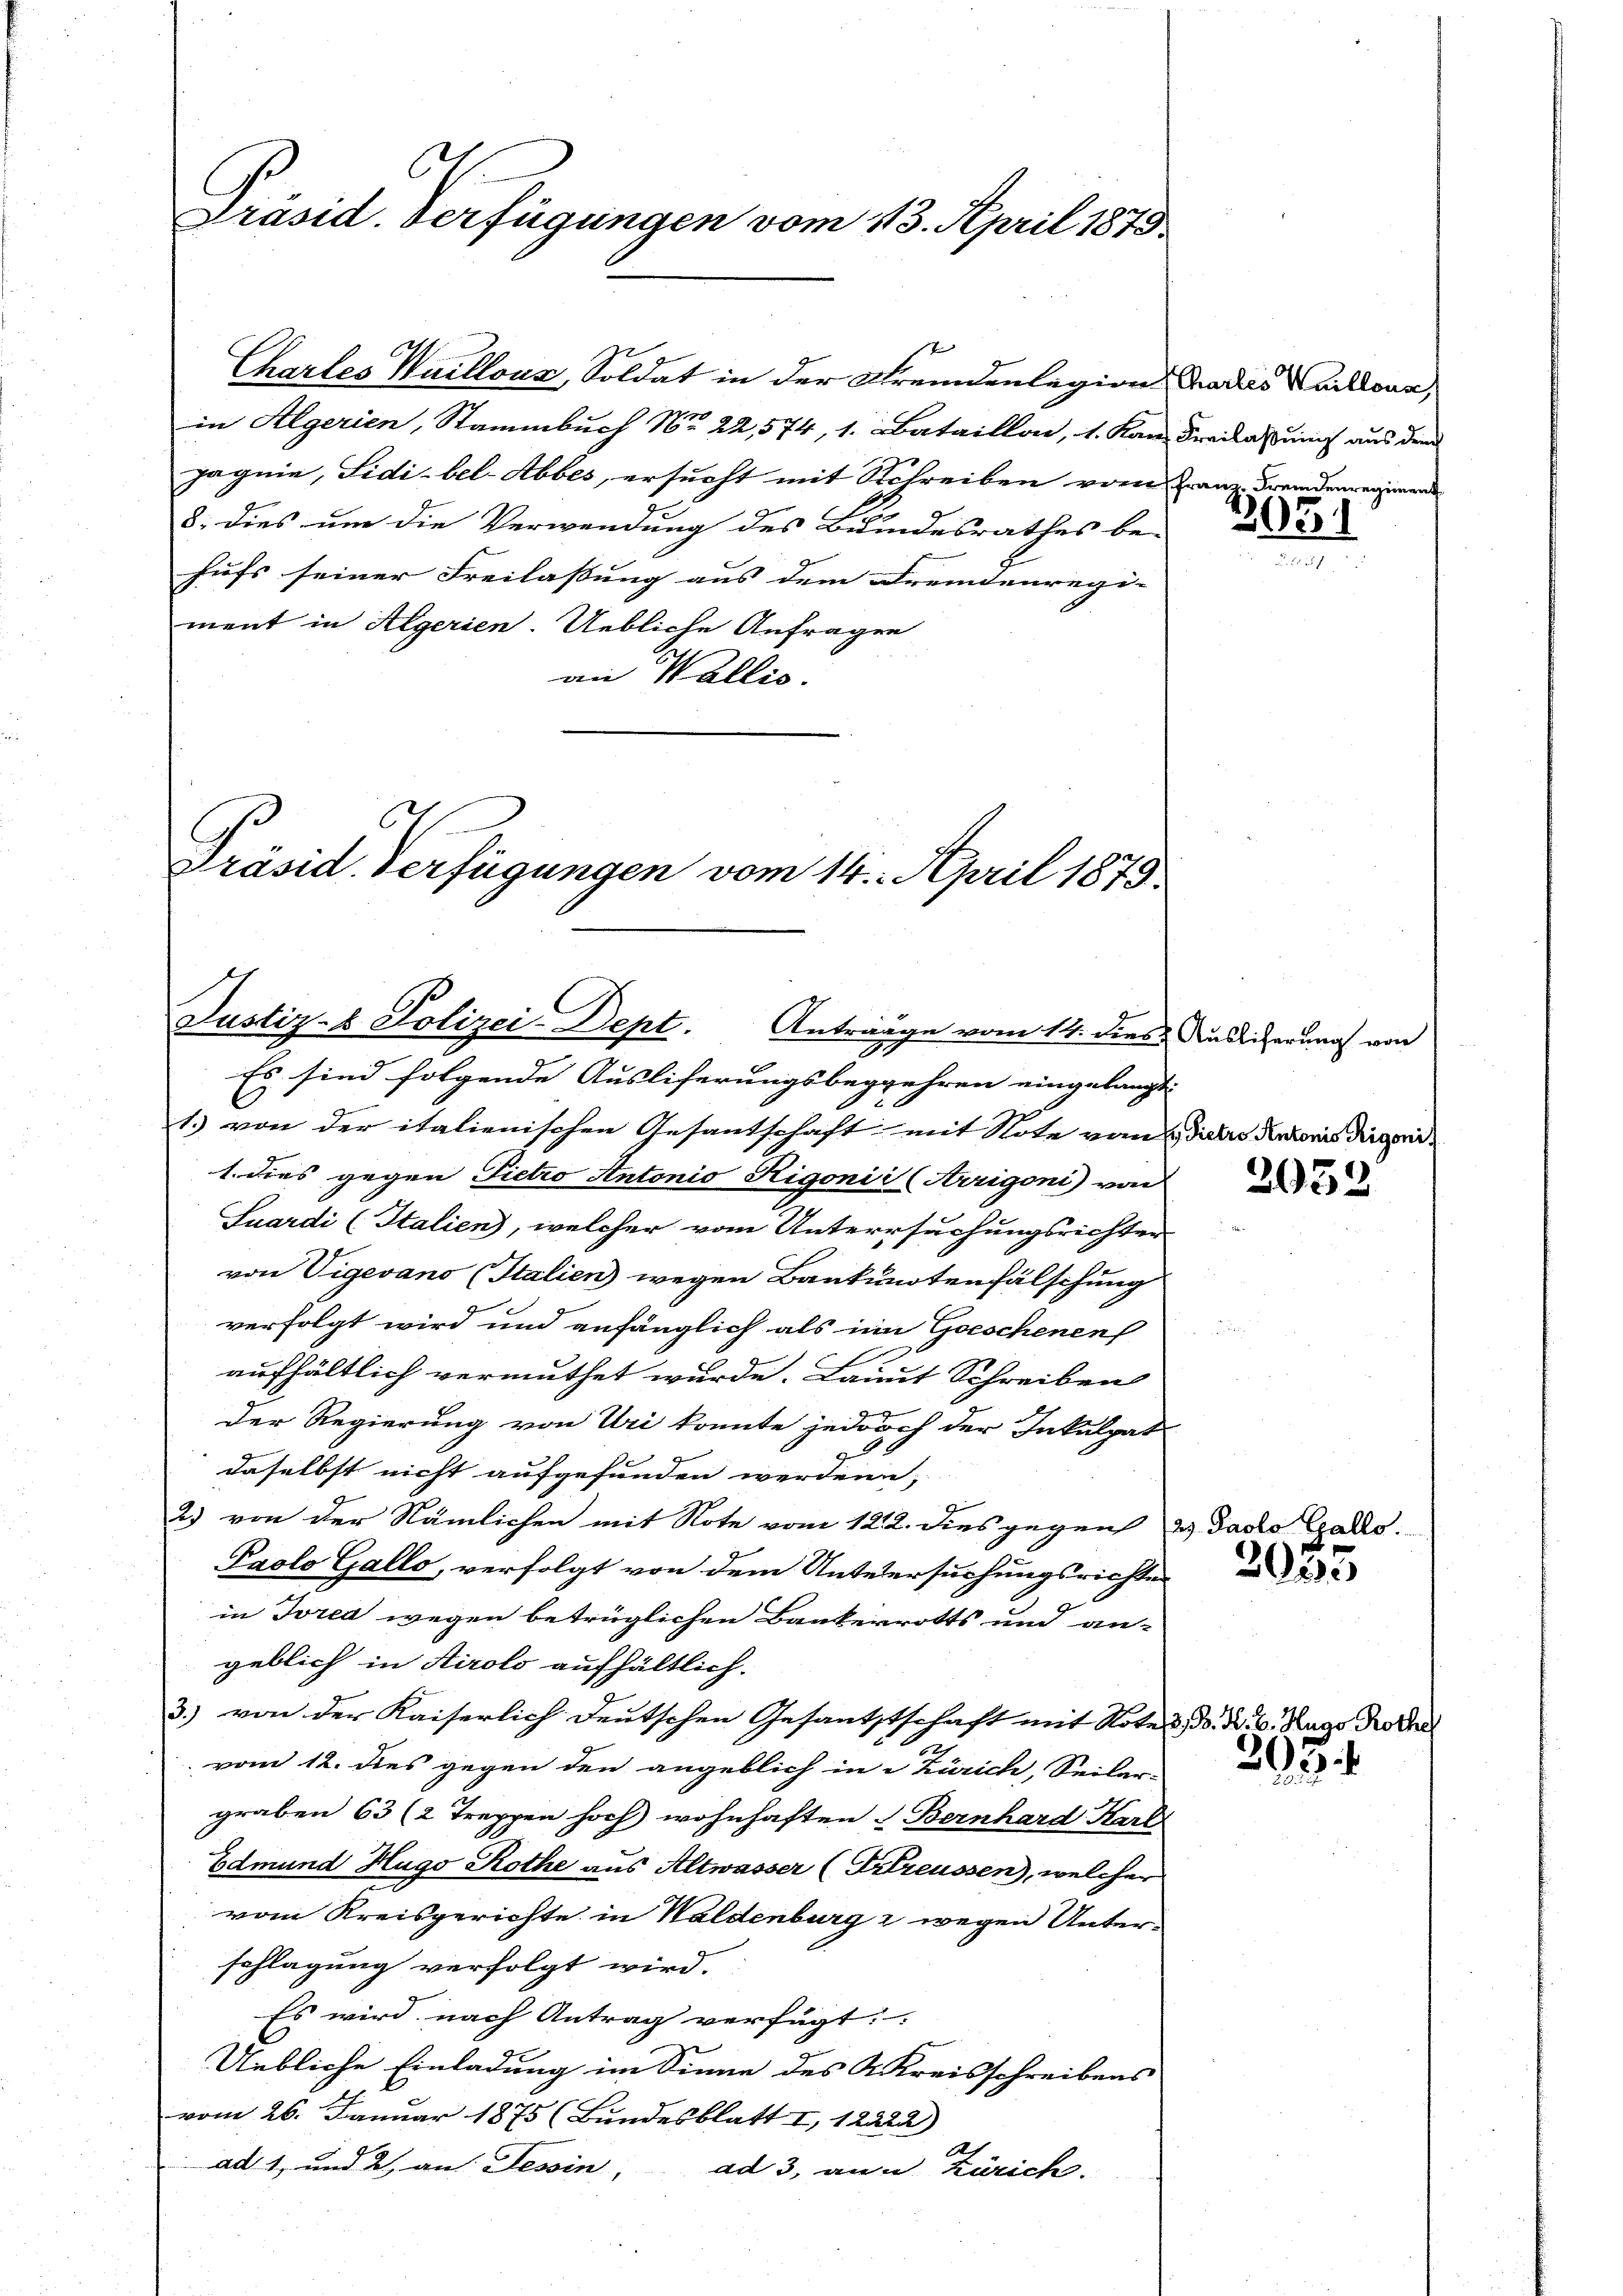
C
Präsid. Verfügungen vom 113. April 1878

in Algerien, Stammbuch No 22,574, 1. Bataillon, 1. Kan Freilassung aus dem
Jagnie, Sidi-bel-Abbes, ersucht mit Schreiben vom Tanz Fremdenregimende
8. dies um die Verwendung des Bundesrathes be-
hufs seiner Freilassung aus dem Fremdenregi- |
ment in Aegerien. Uebliche Anfragen
an Wallis.

Chartes Waillons, Soldat in der Fremdenlegion da das Waidour,

C
Präsid. Verfügungen vom 14. April 1875.
Justiz- & Polizei-Dept. Anträge vom 14. dies & Auslicherung von

Es sind folgende Ausliferungsbegehren eingelangt
1. von der italienischen Gesantschaft mit Note von dass die weis diesend
1. dies gegen Pietro Antonio Rigonii (Arrigoni) von
Suardi (Italien, welcher vom Untersuchungsrichter
von Vigevano (Italien wegen Baukunotenfälschung
g
verfolgt wird und anfänglich als im Geschenen
aufhältlich vermuthet wurde. Laut Schreiben
Der Regierung von Uri konnte jedoch der Inkulpat
daselbst nicht aufgefunden werden;
g
2) von der Nämlichen mit Note vom 122. dies gegen u. Facto Gallo
Paolo Gallo, verfolgt von dem Unterersuchungsrichte
in Ired wegen betrüglichen Bankerrotts und an-
geblich in Airolo aufhältlich.
3.) von der Kaiserlich deutschen Gesantstschaft mit Note d. d. d. 6. Hugo Rothe
vom 12. dies gegen den angeblich in Zürich, Seiler-
graben 63 (2 Treppen hoch wohnhaften Bernhard Karl
Edmund Hugo Rothe aus Altwasser (Frlreussen, welcher
vom Kreisgerichte in Waldenburg & wegen Unterschlagung verfolgt wird.
Es wird nach Antrag verfügt:
Uebliche Einladung im Sinne des Kreisschreibens
vom 26. Januar 1875 (Bundesblatt I, 12222)
ad 1, und 2, an Tessin,
ad 3, an u. Zürich.

2051

2052

2055

303.